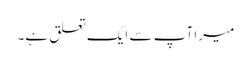
میرا آپ سے ایک تعلق ہے۔